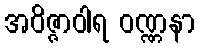
အဝိဇ္ဇာဝါရ ဝဏ္ဏနာ